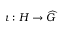
\iota : H \to { \widehat { G } }